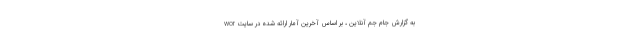
به گزارش جام جم آنلاین ، بر اساس آخرین آمار ارائه شده در سایت wor